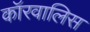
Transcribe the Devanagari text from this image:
कॉरवालिस